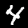
Digit: 4